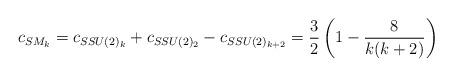
LaTeX: \begin{align*}c_{SM_{k}} = c_{SSU(2)_k}+c_{SSU(2)_2}-c_{SSU(2)_{k+2}} = \frac{3}{2}\left(1 -\frac{8}{k(k+2)}\right)\end{align*}